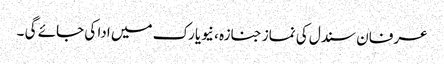
عرفان سندل کی نماز جنازہ ، نیویارک میں ادا کی جائے گی ۔